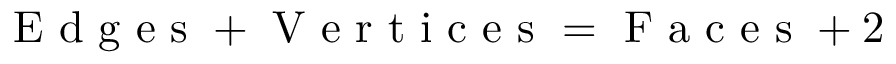
\mathrm { ~ E ~ d ~ g ~ e ~ s ~ } + \mathrm { ~ V ~ e ~ r ~ t ~ i ~ c ~ e ~ s ~ } = \mathrm { ~ F ~ a ~ c ~ e ~ s ~ } + 2